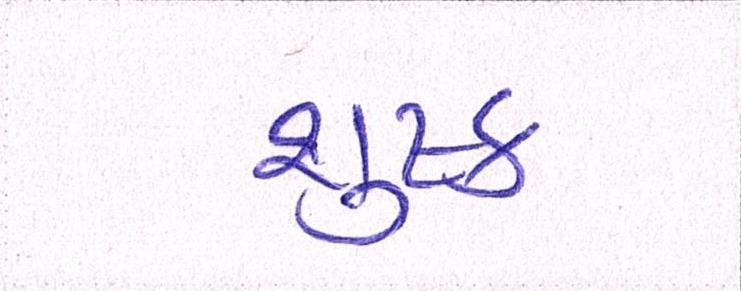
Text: શુષ્ક